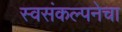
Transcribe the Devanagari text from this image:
स्वसंकल्पनेचा